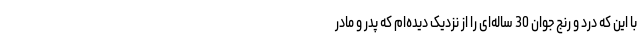
با این که درد و رنج جوان 30 ساله‌ای را از نزدیک دیده‌ام که پدر و مادر